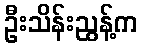
ဦးသိန်းညွန့်က